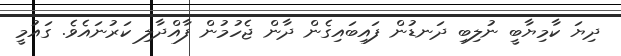
ދިޔަ ކާމިޔާބީ ނުލިބި ދަނޑުން ފައިބައިގެން ދާން ޖެހުމުން ފާއްދާލި ކަރުނައެވެ. ގައުމީ